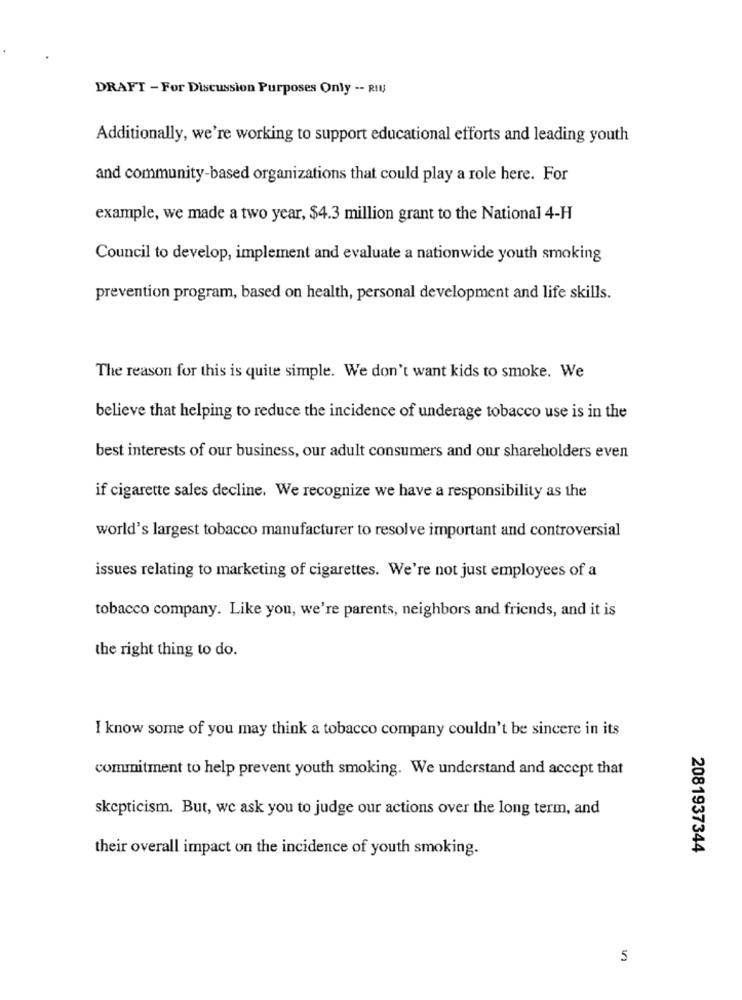
DRAFT - For Discussion Purposes Only -- RIV
Additionally, we're working to support educational efforts and leading youth
and community-based organizations that could play a role here. For
example, we made a two year, $4.3 million grant to the National 4-H
Council to develop, implement and evaluate a nationwide youth smoking
prevention program, based on health, personal development and life skills.
The reason for this is quite simple. We don't want kids to smoke. We
believe that helping to reduce the incidence of underage tobacco use is in the
best interests of our business, our adult consumers and our shareholders even
if cigarette sales decline. We recognize we have a responsibility as the
world's largest tobacco manufacturer to resolve important and controversial
issues relating to marketing of cigarettes. We're not just employees of a
tobacco company. Like you, we're parents, neighbors and friends, and it is
the right thing to do.
I know some of you may think a tobacco company couldn't be sincere in its
commitment to help prevent youth smoking. We understand and accept that
skepticism. But, we ask you to judge our actions over the long term, and
their overall impact on the incidence of youth smoking.
2081937344
5